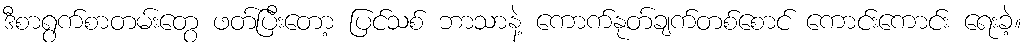
ဒီစာရွက်စာတမ်းတွေ ဖတ်ပြီးတော့ ပြင်သစ် ဘာသာနဲ့ ကောက်နုတ်ချက်တစ်စောင် ကောင်းကောင်း ရေးခဲ့။